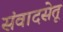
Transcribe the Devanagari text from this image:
संवादसेतू